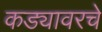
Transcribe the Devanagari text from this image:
कड्यावरचे